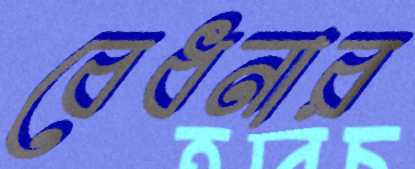
বেধনার